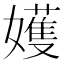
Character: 嬳